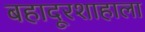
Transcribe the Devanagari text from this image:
बहादूरशाहाला